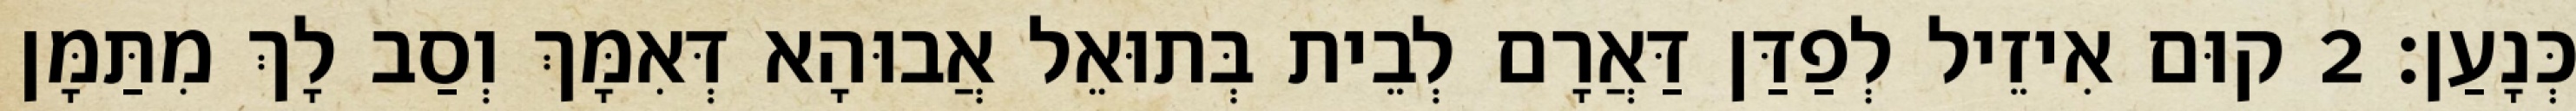
כְּנָעַן׃ 2 קוּם אִיזֵיל לְפַדַּן דַּאֲרָם לְבֵית בְּתוּאֵל אֲבוּהָא דְּאִמָּךְ וְסַב לָךְ מִתַּמָּן